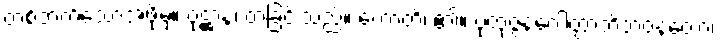
တစ်ဘက်သောအဖို့မှ။ ဝုဋ္ဌာနံ၊ ထခြင်းသည်။ ဟောတိ၊ ၏။ ပုထုဇ္ဇနဂေါတ္တာဘိဘဝနတော၊